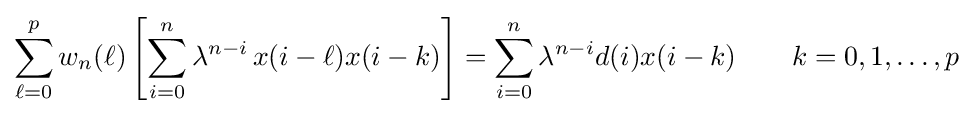
\sum _{\ell =0}^{p}w_{n}(\ell )\left[\sum _{i=0}^{n}\lambda ^{n-i}\,x(i-\ell )x(i-k)\right]=\sum _{i=0}^{n}\lambda ^{n-i}d(i)x(i-k)\qquad k=0,1,\ldots ,p